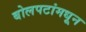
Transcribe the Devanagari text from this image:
बोलपटांमधून